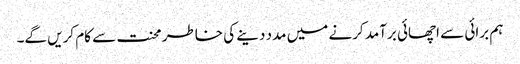
ہم برائی سے اچھائی برآمد کرنے میں مدد دینے کی خاطر محنت سے کام کریں گے۔